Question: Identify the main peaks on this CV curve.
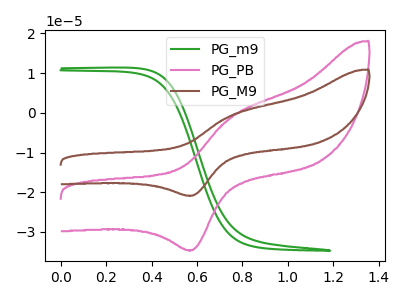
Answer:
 <answer>The green curve "PG_m9" has no peaks. The pink curve "PG_PB" has an anodic peak at (0.75V, -1.05uA) and a cathodic peak at (0.60V, -34.55uA). The brown curve "PG_M9" has an anodic peak at (0.75V, -0.65uA) and a cathodic peak at (0.60V, -20.85uA).</answer>
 <eval></eval>